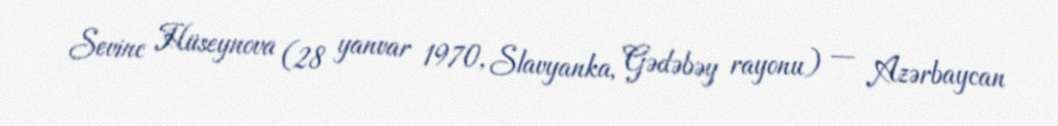
Sevinc Hüseynova (28 yanvar 1970, Slavyanka, Gədəbəy rayonu) — Azərbaycan